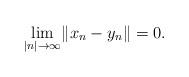
LaTeX: \begin{align*}\lim_{\lvert n\rvert\to \infty} \lVert x_n-y_n\rVert=0.\end{align*}